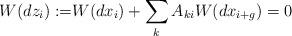
LaTeX: \begin{align*}W(dz_{i}):=&W(dx_{i})+\sum_{k}A_{ki}W(dx_{i+g})=0 \end{align*}